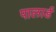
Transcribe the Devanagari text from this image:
पालार्ड